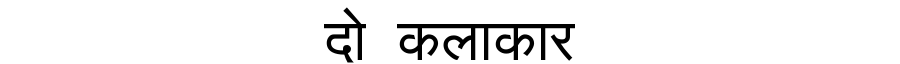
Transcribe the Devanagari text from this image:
दो कलाकार